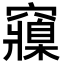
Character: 䆿